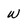
Character: W